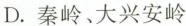
D.秦岭。大兴安岭